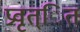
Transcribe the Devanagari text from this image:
प्रवृत्ित